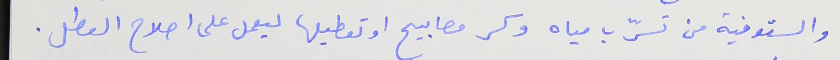
والسقوفية من تسرّب مياه وكسر مصابيح او تعطيلها ليعمل على اصلاح العطل .